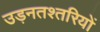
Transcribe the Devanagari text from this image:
उड़नतश्तरियों